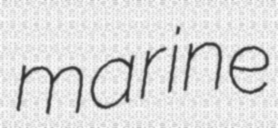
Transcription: marine